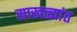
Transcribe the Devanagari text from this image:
साखळ्यांत